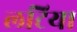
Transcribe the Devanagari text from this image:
लटिया